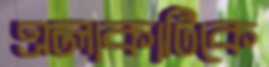
এলাকাটিকে